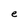
Character: e